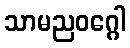
သာမညဝဂ္ဂေါ